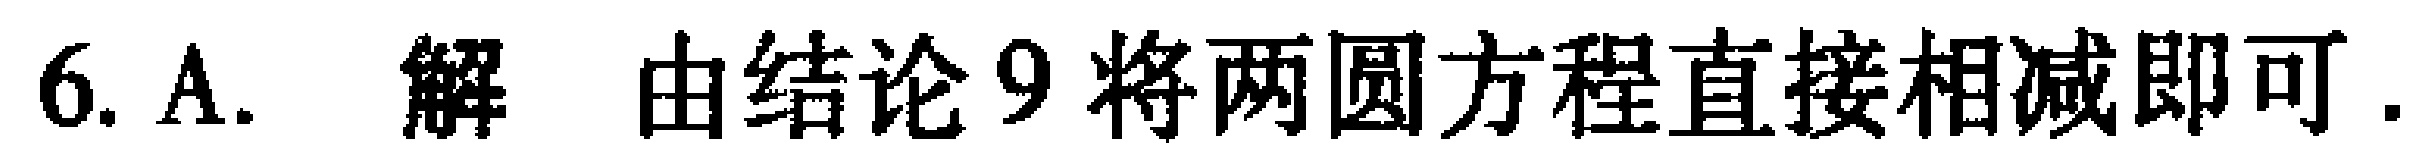
6. A. 解 由结论9将两圆方程直接相减即可.